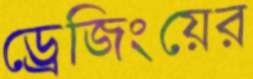
ড্রেজিংয়ের